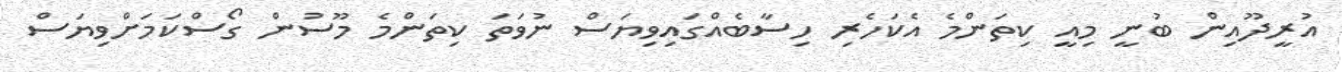
އުރީދޫއިން ބުނީ މިއީ ކިތަންމެ އެކަހެރި ހިސާބެއްގައިވިޔަސް ނުވަތަ ކިތަންމެ މޫސުން ގޯސްކަމަށްވިޔަސް